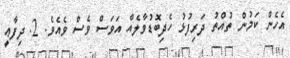
އެހެން ކަމުން ތުއްތު ދަރިފުޅު ހެދިބޮޑުވާލެއް އަވަސް ވެސް ވެއެވެ. 2. ދިފާޢީ